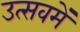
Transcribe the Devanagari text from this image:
उत्सवमें